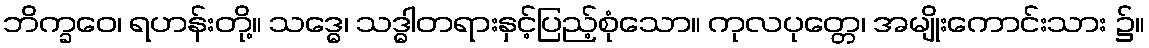
ဘိက္ခဝေ၊ ရဟန်းတို့။ သဒ္ဓေ၊ သဒ္ဓါတရားနှင့်ပြည့်စုံသော။ ကုလပုတ္တေ၊ အမျိုးကောင်းသား ၌။